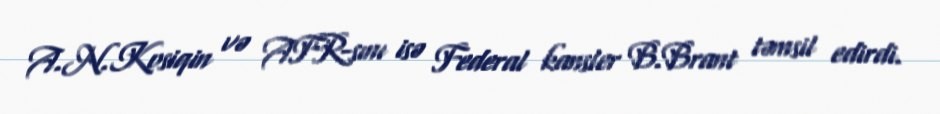
A.N.Kosiqin və AFR-sını isə Federal kansler B.Brant təmsil edirdi.